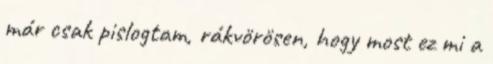
már csak pislogtam, rákvörösen, hogy most ez mi a